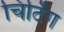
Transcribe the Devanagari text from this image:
चिटिंग